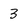
Character: 3